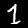
Digit: 1